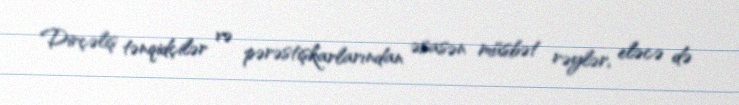
Dirçəliş tənqidçilər və pərəstişkarlarından əsasən müsbət rəylər, eləcə də